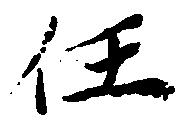
任